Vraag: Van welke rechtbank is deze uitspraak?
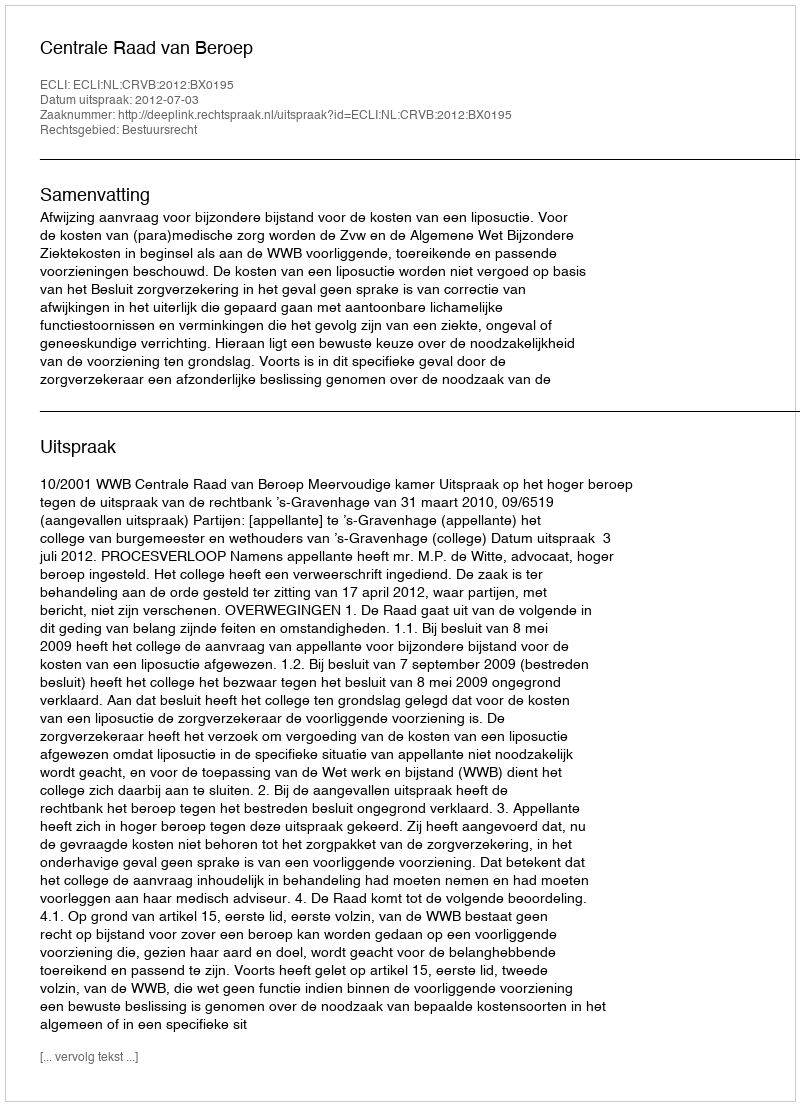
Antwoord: Centrale Raad van Beroep